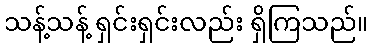
သန့်သန့် ရှင်းရှင်းလည်း ရှိကြသည်။